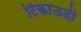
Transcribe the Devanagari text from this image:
टिकाऊही